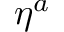
\eta ^ { a }